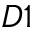
D 1